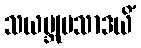
သယမ္ဘုမသာဒယိံ